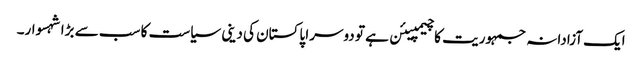
ایک آزادانہ جمہوریت کا چیمپیئن ہے تو دوسرا پاکستان کی دینی سیاست کا سب سے بڑا شہسوار۔